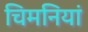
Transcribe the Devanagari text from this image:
चिमनियां